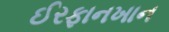
ઈરફાનખાન